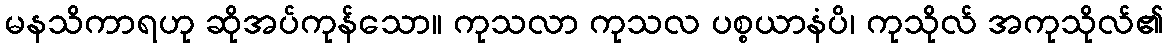
မနသိကာရဟု ဆိုအပ်ကုန်သော။ ကုသလာ ကုသလ ပစ္စယာနံပိ၊ ကုသိုလ် အကုသိုလ်၏